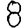
Digit: 8